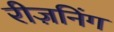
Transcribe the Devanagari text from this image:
रीज़निंग